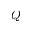
Q